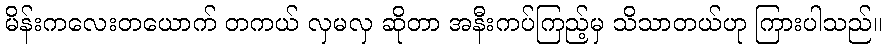
မိန်းကလေးတယောက် တကယ် လှမလှ ဆိုတာ အနီးကပ်ကြည့်မှ သိသာတယ်ဟု ကြားပါသည်။